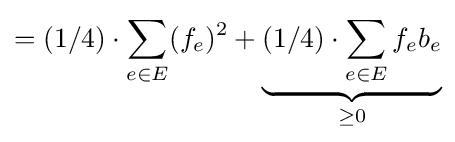
=(1/4)\cdot \sum _{e\in E}(f_{e})^{2}+\underbrace {(1/4)\cdot \sum _{e\in E}f_{e}b_{e}} _{\geq 0}